Document type: Sale
Year: 1323
Scribe: Guillem Coscoll
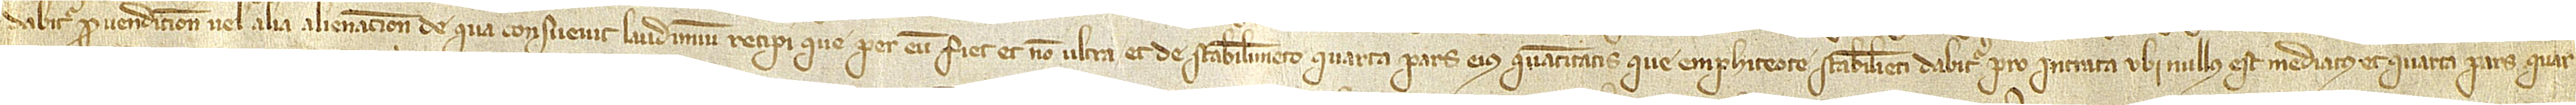
dabitur pro vendicione vel alia alienacione de qua consuevit laudimium recipi que per eum fiet, et non ultra; et de stabilimento quarta pars eius quantitatis que emphiteote stabilienti dabitur pro intrata ubi nullus est mediatus, et quarta pars quar-